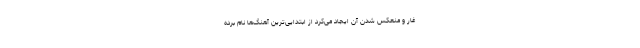
غار و منعکس شدن آن ایجاد می‌کرد از ابتدایی‌ترین آهنگ‌‌ها نام برده